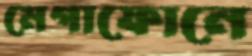
মেগাফোনে